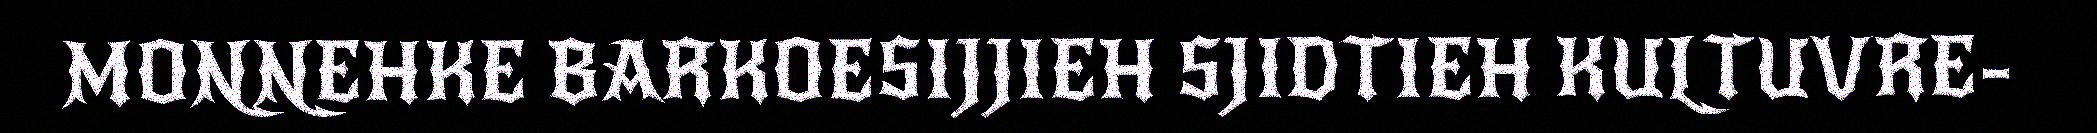
MONNEHKE BARKOESIJJIEH SJIDTIEH KULTUVRE-